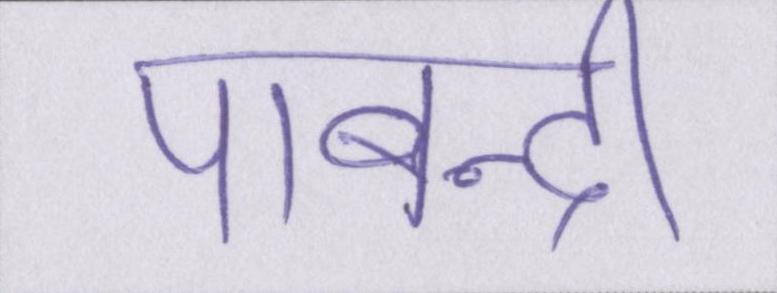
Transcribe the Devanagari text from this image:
पाबन्दी